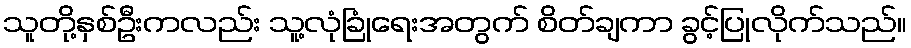
သူတို့နှစ်ဦးကလည်း သူ့လုံခြုံရေးအတွက် စိတ်ချကာ ခွင့်ပြုလိုက်သည်။